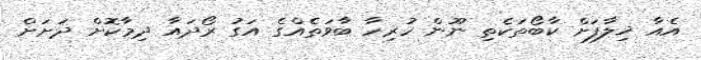
އެއާ ޚިލާފަށް ކާބޯތަކެތި ނޫން ހުރިހާ ބާވަތެއްގެ އަގު ރޯދައާ ދިމާކޮށް ދަށަށް